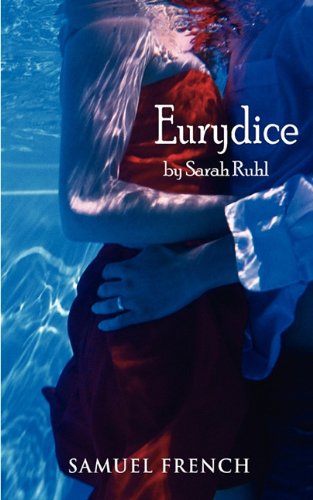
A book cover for Eurydice; Sarah Ruhl; Literature & Fiction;